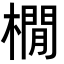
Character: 橌